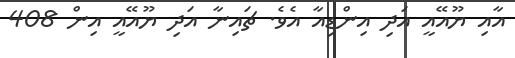
އާއި ޔޫއޭއީ އަދި އިންޑިއާ އެވެ. ޗައިނާ އަދި ޔޫއޭއީ އިން 408